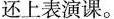
还上表演课。